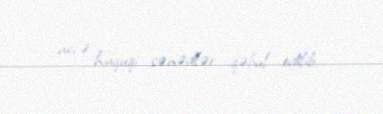
neçə hüquqi sənədlər qəbul edilib.